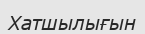
Хатшылығын